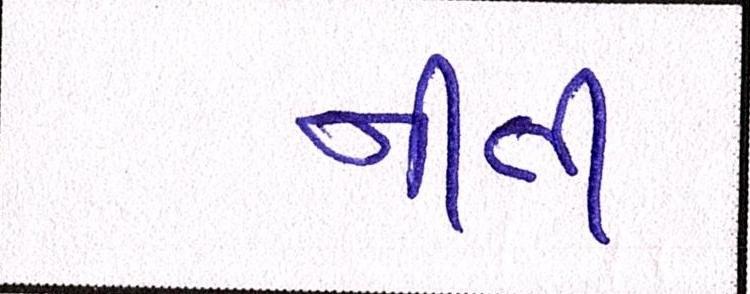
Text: નીતી